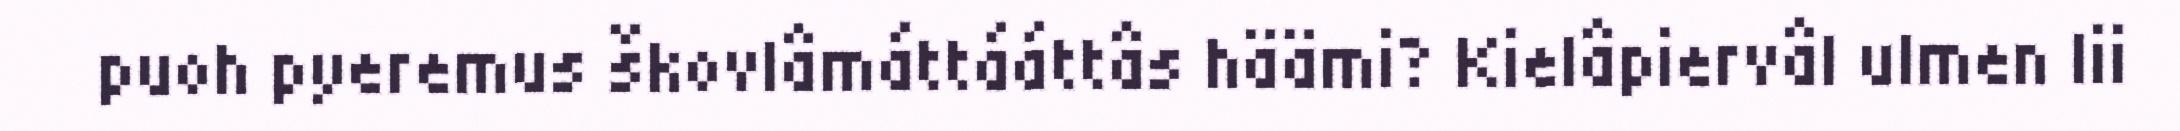
puoh pyeremus škovlâmáttááttâs häämi? Kielâpiervâl ulmen lii